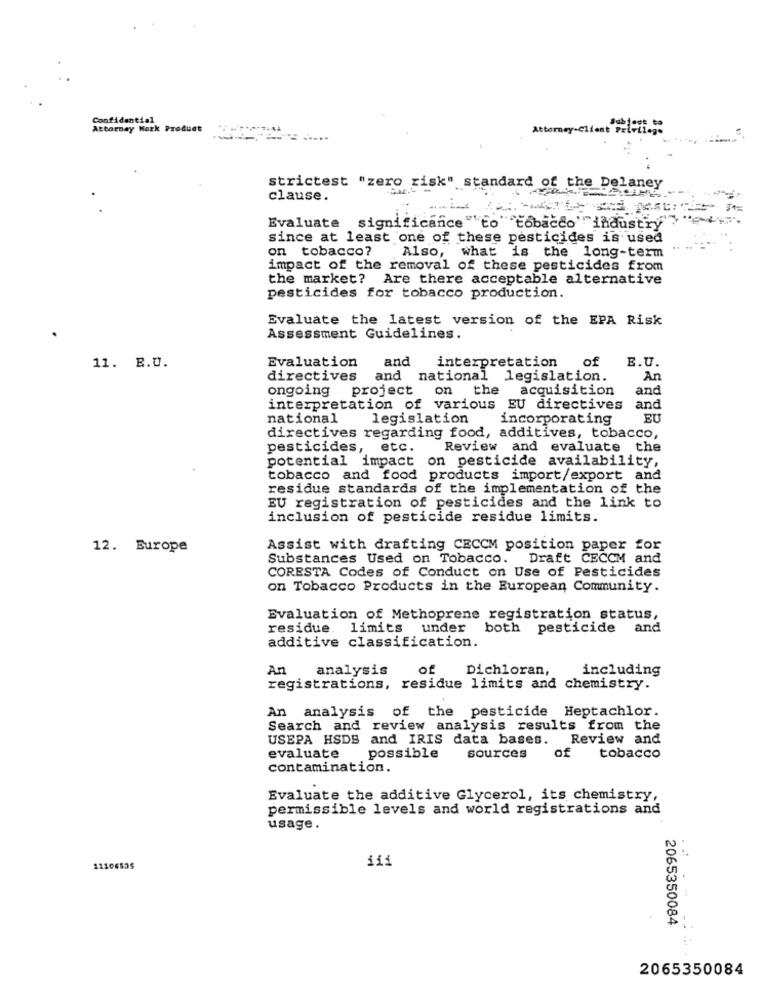
Confidential
Attorney Work Product
Attorney-Client Privilege
strictest "zero risk" standard of the Delaney
clause.
Evaluate significance""to " "tobacco'industry
since at least one of these pesticides is used
on tobacco?
Also, what is the long-term
impact of the removal of these pesticides from
the market? Are there acceptable alternative
pesticides for tobacco production.
Evaluate the latest version of the EPA Risk
Assessment Guidelines.
and
of
B.U.
11. E.D.
Evaluation
interpretation
directives
and national legislation.
An
ongoing project on the
acquisition
and
interpretation of various EU directives
and
national
legislation
incorporating
EU
directives regarding food, additives, tobacco,
pesticides, etc.
Review and evaluate the
potential impact on pesticide availability,
tobacco and food products import/export and
residue standards of the implementation of the
EU registration of pesticides and the link to
inclusion of pesticide residue limits.
12. Europe
Assist with drafting CECCM position paper for
Substances Used on Tobacco. Draft CECCM and
CORESTA Codes of Conduct on Use of Pesticides
on Tobacco Products in the European Community.
Evaluation of Methoprene registration status,
residue. limits under
both pesticide and
additive classification.
An
analysis
of
Dichloran,
including
registrations, residue limits and chemistry.
An analysis of the pesticide Heptachlor.
Search and review analysis results from the
USEPA HSDS and IRIS data bases.
Review and
of
evaluate
possible
sources
tobacco
contamination.
Evaluate the additive Glycerol, its chemistry,
permissible levels and world registrations and
usage.
iii
. .:
11106535
. -
2065350084
2065350084